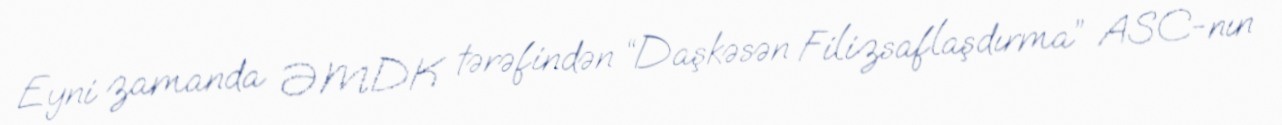
Eyni zamanda ƏMDK tərəfindən “Daşkəsən Filizsaflaşdırma” ASC-nın